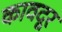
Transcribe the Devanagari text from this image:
कावदूर